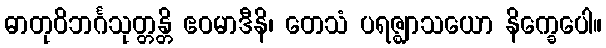
ဓာတုဝိဘင်္ဂသုတ္တန္တိ ဧဝမာဒီနိ၊ တေသံ ပရဇ္ဈာသယော နိက္ခေပေါ။